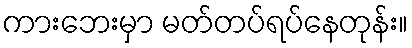
ကားဘေးမှာ မတ်တပ်ရပ်နေတုန်း။